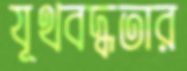
যূথবদ্ধতার